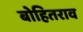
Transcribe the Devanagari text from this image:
बोहितराव